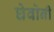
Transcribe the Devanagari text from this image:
घेवोनी